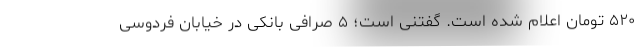
۵۲۰ تومان اعلام شده است. گفتنی است؛ ۵ صرافی بانکی در خیابان فردوسی